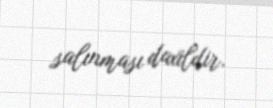
salınması daxildir.